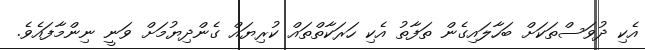
އެކި ދުވަސްތަކަށް ބަހާލައިގެން ތަފާތު އެކި ހަރަކާތްތައް ކުރިޔައް ގެންދިޔުމަށް ވަނީ ނިންމާފައެވެ.